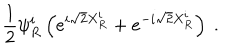
\frac { 1 } { 2 } \psi _ { R } ^ { i } \left( e ^ { i \sqrt { 2 } X _ { R } ^ { i } } + e ^ { - i \sqrt { 2 } X _ { R } ^ { i } } \right) \ .